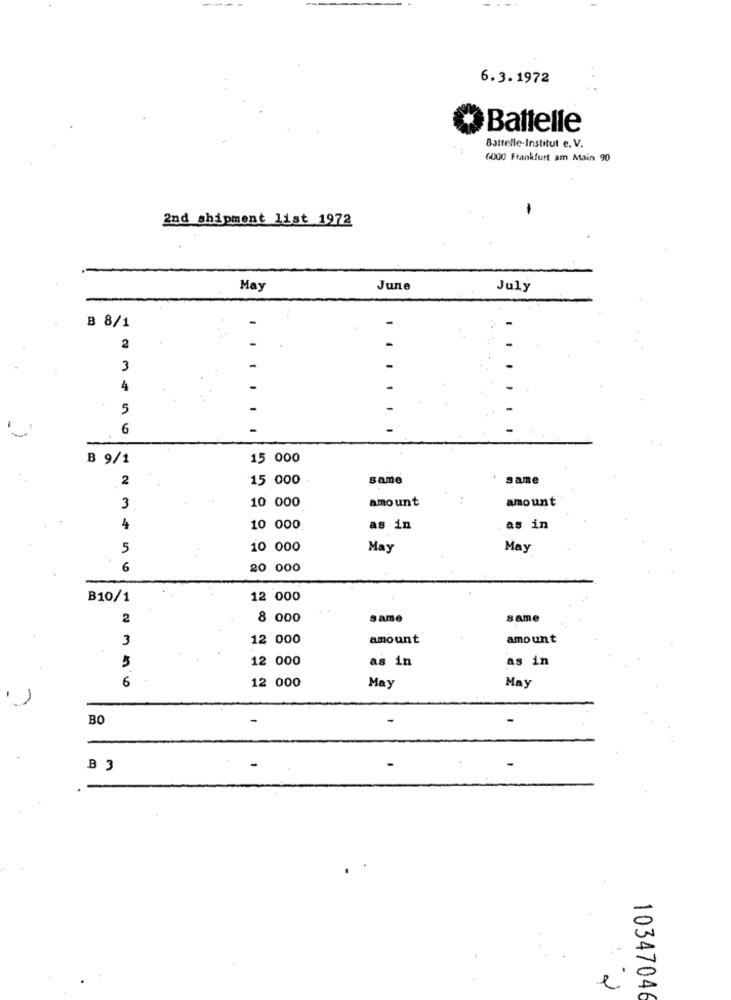
6.3.1972
Battelle
Battelle-Institut e. V.
6000 Frankfurt am Main 90
2nd shipment list 1972
May
June
July
B 8/1
2
3
4
5
6
B 9/1
15 000
2
15 000
same
same
10 000
amount
amount
3
4
10 000
as in
as in
5
10 000
May
May
6
20 000
B10/1
12 000
2
8 000
same
same
3
12 000
amount
amount
12 000
as in
as in
6
12 000
May
May
BO
-
B 3
e'
10347046